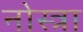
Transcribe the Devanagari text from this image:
नोस्त्रा